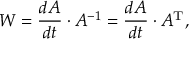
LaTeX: W = { \frac { d A } { d t } } \cdot A ^ { - 1 } = { \frac { d A } { d t } } \cdot A ^ { \mathrm { T } } ,